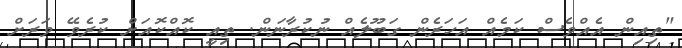
"ތިއިން އެއްވެސް ކަމެއް އަހަރެން ގަބޫލެއް ނުކުރާނަން. ތިއީ ކޮއްކޮއަށް ކުރެވޭ ވަރަށް